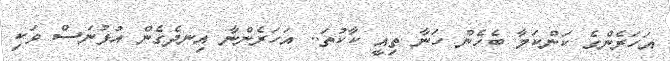
އަހަރެންގެ ކަންކަމާ ބެހެން ހަނާ ތިއީ ކާކުތަ.. އަހަރެންނާ އިނދެގެން އުޅުނަސް ވަކި